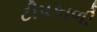
ટીપકાળી